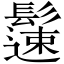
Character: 𩯀